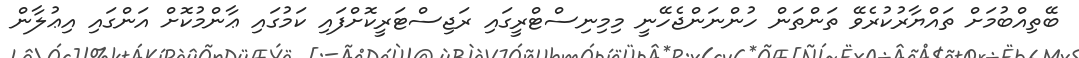
ބޭތިއްބުމަށް ތައްޔާރުކުރެވޭ ތަންތަން ހުންނަންޖެހޭނީ މިމިނިސްޓްރީގައި ރަޖިސްޓަރީކޮށްފައި ކަމުގައި ޢާންމުކޮށް އަންގައި އިޢުލާން